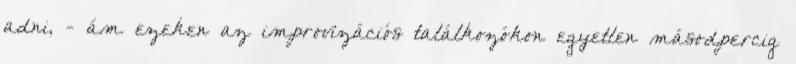
adni, - ám ezeken az improvizációs találkozókon egyetlen másodpercig